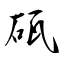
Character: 砙